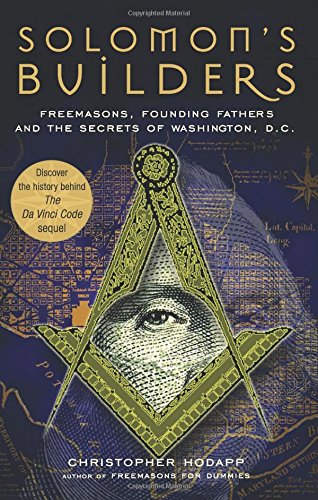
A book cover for Solomon's Builders: Freemasons, Founding Fathers and the Secrets of Washington D.C.; Christopher Hodapp; Religion & Spirituality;